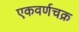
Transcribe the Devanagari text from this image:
एकवर्णचक्र